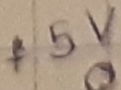
Text: +5V